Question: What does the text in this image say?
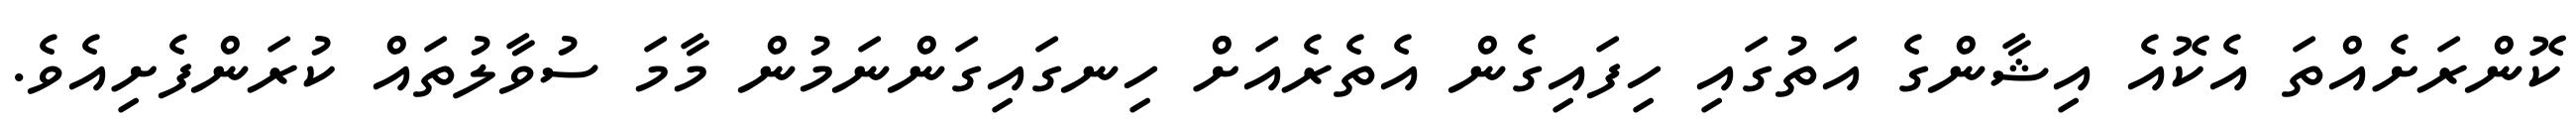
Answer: ކޮންރަށެއްތަ އެކޮއެ އިޝާންގެ އަތުގައި ހިފައިގެން އެތެރެއަށް ހިނގައިގަންނަމުން މާމަ ސުވާލުތައް ކުރަންފެށިއެވެ.